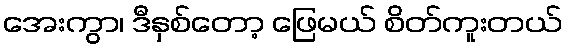
အေးကွာ၊ ဒီနှစ်တော့ ဖြေမယ် စိတ်ကူးတယ်